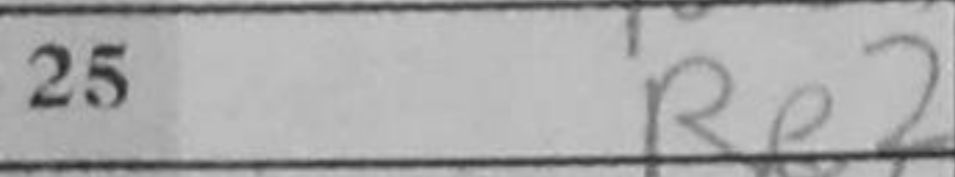
Transcription: Re2